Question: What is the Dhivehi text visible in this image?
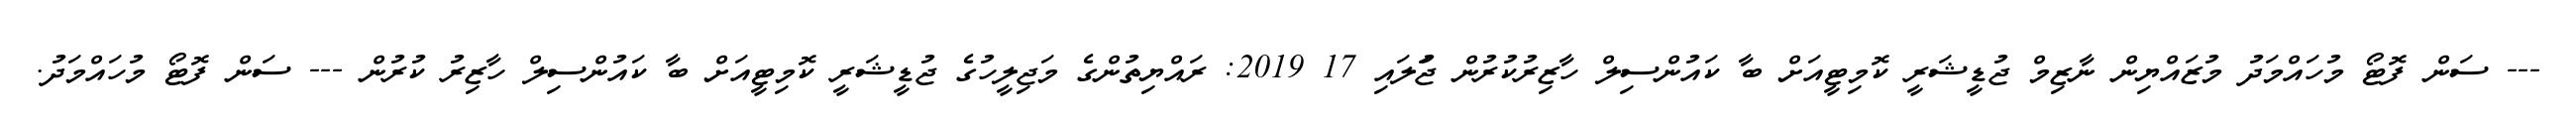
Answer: --- ސަން ފޮޓޯ މުހައްމަދު މުޒައްޔިން ނާޒިމް ޖުޑީޝަރީ ކޮމިޓީއަށް ބާ ކައުންސިލް ހާޒިރުކުރުން ޖުަލައި 17 2019: ރައްޔިތުންގެ މަޖިލީހުގެ ޖުޑީޝަރީ ކޮމިޓީއަށް ބާ ކައުންސިލް ހާޒިރު ކުރުން --- ސަން ފޮޓޯ މުހައްމަދު.